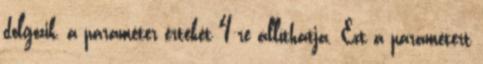
dolgozik, a paraméter értékét 4-re állíthatja. Ezt a paramétert